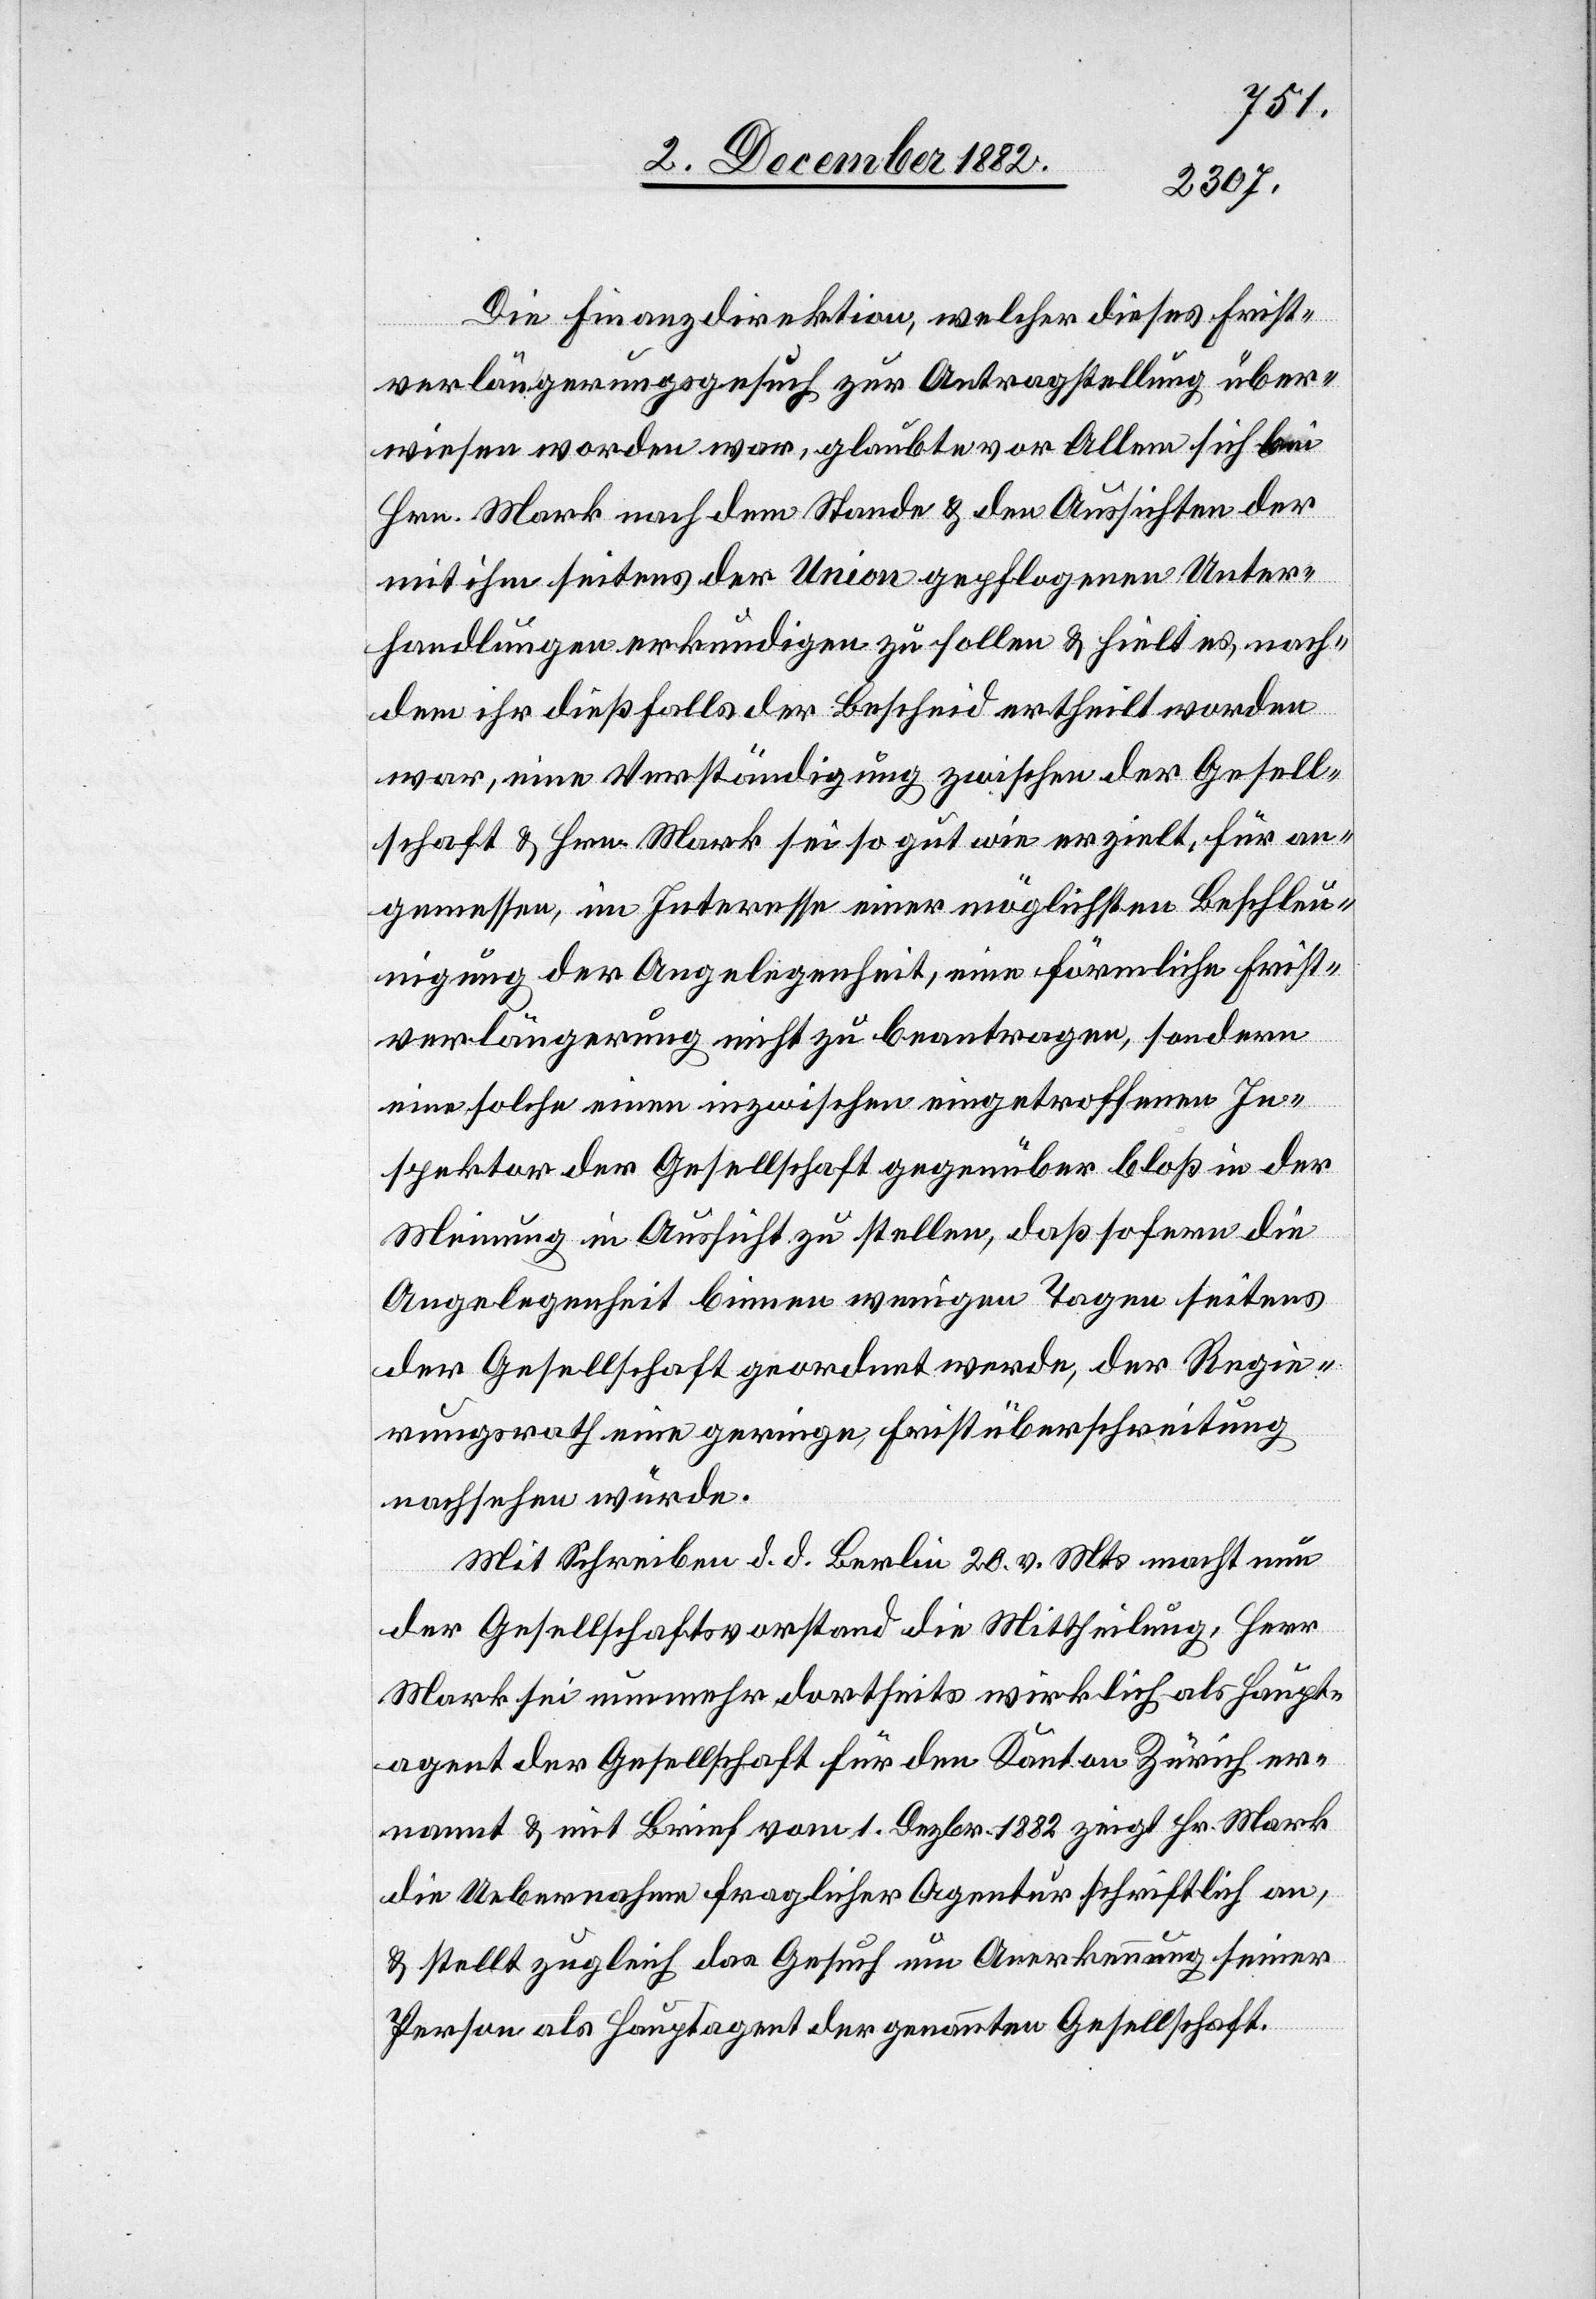
Die Finanzdirektion, welcher dieses Frist¬
verlängerungsgesuch zur Antragstellung über¬
wiesen worden war, glaubte vor Allem sich bei
Hrn. Mark nach dem Stande & den Aussichten der
mit ihm seitens der Union gepflogenen Unter¬
handlungen erkundigen zu sollen & hielt es, nach¬
dem ihr dießfalls der Bescheid ertheilt worden
war, eine Verständigung zwischen der Gesell¬
schaft & Hrn. Mark sei so gut wie erzielt, für an¬
gemessen, im Interesse einer möglichsten Beschleu¬
nigung der Angelegenheit, eine förmliche Frist¬
verlängerung nicht zu beantragen, sondern
einen [recte: einem] inzwischen eingetroffenen In¬
spektor der Gesellschaft gegenüber bloß in der
Meinung in Aussicht zu stellen, daß sofern die
Angelegenheit binnen wenigen Tagen seitens
der Gesellschaft geordnet werde, der Regie¬
rungsrath eine geringe Fristüberschreitung
nachsehen würde.
Mit Schreiben d. d. Berlin 20. v. Mts macht nun
der Gesellschaftsvorstand die Mittheilung, Herr
Mark sei nunmehr dortseits wirklich als Haupt¬
agent der Gesellschaft für den Kanton Zürich er¬
nannt & mit Brief vom 1. Dezbr. 1882 zeigt Hr. Mark
die Uebernahme fraglicher Agentur schriftlich an,
& stellt zugleich das Gesuch um Anerkennung seiner
Person als Hauptagent der genannten Gesellschaft.